Lunatic asylums Bombay report 1891-1903 - 1891-1903
Year: 1891
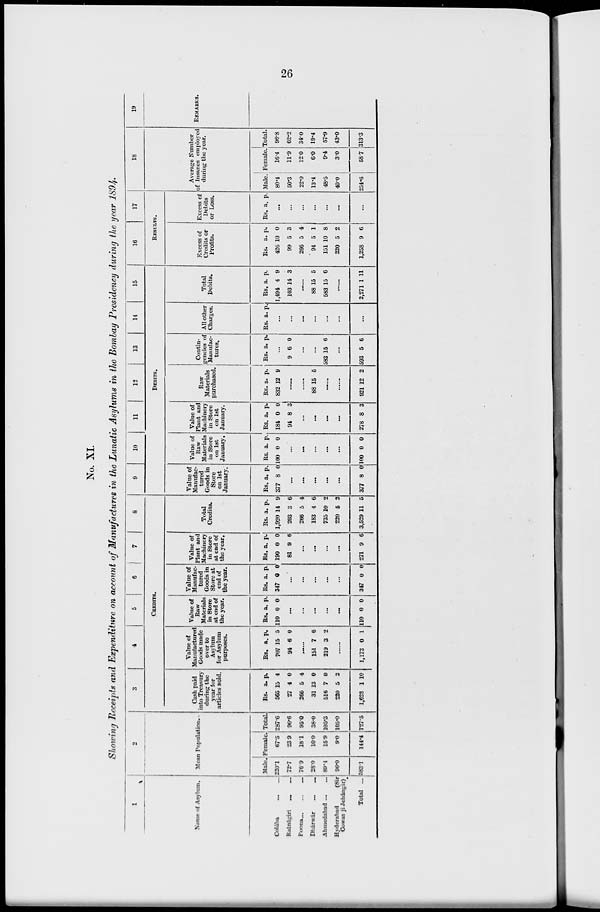
26
No. XI.
Showing Receipts and Expenditure on account of Manufactures in the Lunatic Asylums in the Bombay Presidency during the year 1894.
1
Name of Asylum.
Colába
...
...
Ratnágiri
... ...
Poona ... ... ...
Dhárwár
... ...
Ahmedabad ... ...
Hyderabad
(Sir
Cowas ji Jehángir)
Total ...
2
Mean Population.
Male.
220.1
72.7
76.9
28.0
89.4
96.0
583.1
Female.
67.5
23.9
18.1
10.0
15.9
9.0
144.4
Total.
287.6
96.6
95.0
38.0
105.3
105.0
727.5
3
4
5
6
7 8
CREDITS.
Cash paid
into Treasury
during the
year for
articles sold.
Rs.
565
27
266
31
516
220
1,628
a.
15
4
5
13
7
5
1
p.
4
0
4
0
0
2
10
Value of
Manufactured
Goods made
over to
Asylum
for Asylum
purposes.
Rs.
707
91
a.
15
6
p.
5
0
......
151
219
7
3
6
2
......
1,173 0 1
Value of
Raw
Materials
in Store
at end of
the year.
Rs.
110
a.
0
p.
0
...
...
...
...
...
110 0 0
Value of
Manufac-
tured
Goods in
Store at
end of
the year.
Rs.
347
a.
0
p.
0
...
...
...
...
...
347 0 0
Value of
Plant and
Machinery
in Store
at end of
the year.
Rs.
190
81
a.
0
9
p.
0
6
...
...
...
...
271 9 6
Total
Credits.
Rs.
1,920
203
266
183
735
220
3,529
a.
14
3
5
4
10
6
11
p.
9
6
4
6
2
2
5
9
10
11
12
13
14
15
DEBITS.
Value of
Manufac-
tured
Goods in
Store
on 1st
January.
Rs.
377
a.
8
p.
0
...
...
...
...
...
377 8 0
Value of
Raw-
Materials
in Store
on 1st
January.
Rs.
100
a.
0
p.
0
...
...
...
...
...
100 0 0
Value of
Plant and
Machinery
in Store
on 1st
January.
Rs.
184
94
a.
0
8
p.
0
3
...
...
...
...
278 8 3
Raw
Materials
purchased.
Rs.
832
a.
12
p.
9
......
......
88 15 5
......
......
921 12 2
Contin-
gencies of
Manufac-
tures.
Rs. a. p.
...
9 6 0
...
...
583 15 6
...
593 5 6
All other
Charges.
Rs. a. p.
...
...
...
...
...
...
...
Total
Debits.
Rs.
1,494
103
a.
4
14
p.
9
3
......
88
583
15
15
5
6
......
2,271 1 11
16
17
RESULTS.
Excess of
Credits or
Profits.
Rs.
426
99
266
94
151
220
1,258
a.
10
5
5
5
10
5
9
p.
0
3
4
1
8
2
6
Excess of
Debits
or Loss.
Rs. a. p.
...
...
...
...
...
...
...
18
Average Number
of Insanes employed
during the year.
Male.
80.4
50.3
22.0
13.4
48.5
40.0
254.6
Female.
16.4
11.9
12.0
6.0
9.4
3.0
58.7
Total.
96.8
62.2
34.0
19.4
57.9
43.0
313.3
19
REMARKS.